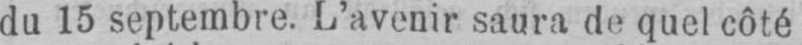
du 15 septembre. L’avenir saura de quel côté